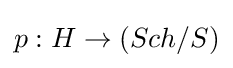
p:H\to (Sch/S)